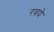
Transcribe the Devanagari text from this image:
रवये